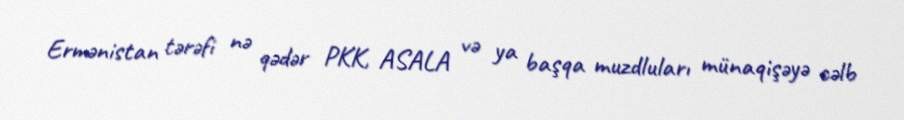
Ermənistan tərəfi nə qədər PKK, ASALA və ya başqa muzdluları münaqişəyə cəlb